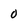
Character: 0